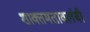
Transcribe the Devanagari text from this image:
शाक्तमतावलंबी